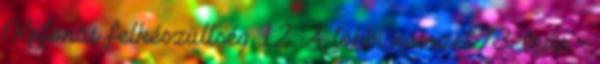
Katonai felkészültség 12. A többi nemzet 73. írás -